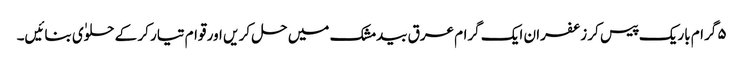
۵ گرام باریک پیس کر زعفران ایک گرام عرق بیدمشک میں حل کر یں اور قوام تیار کر کے حلوٰی بنائیں۔